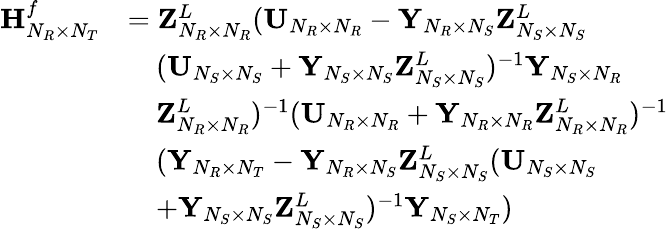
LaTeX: \begin{array}{rl}{{\mathbf{H}}_{N_{R}\times N_{T}}^{f}}&{={\mathbf{Z}}_{N_{R}\times N_{R}}^{L}({\mathbf{U}}_{N_{R}\times N_{R}}-{\mathbf{Y}}_{N_{R}\times N_{S}}{\mathbf{Z}}_{N_{S}\times N_{S}}^{L}}\\ &{\quad({\mathbf{U}}_{N_{S}\times N_{S}}+{\mathbf{Y}}_{N_{S}\times N_{S}}{\mathbf{Z}}_{N_{S}\times N_{S}}^{L})^{-1}{\mathbf{Y}}_{N_{S}\times N_{R}}}\\ &{\quad{\mathbf{Z}}_{N_{R}\times N_{R}}^{L})^{-1}({\mathbf{U}}_{N_{R}\times N_{R}}+{\mathbf{Y}}_{N_{R}\times N_{R}}{\mathbf{Z}}_{N_{R}\times N_{R}}^{L})^{-1}}\\ &{\quad({\mathbf{Y}}_{N_{R}\times N_{T}}-{\mathbf{Y}}_{N_{R}\times N_{S}}{\mathbf{Z}}_{N_{S}\times N_{S}}^{L}({\mathbf{U}}_{N_{S}\times N_{S}}}\\ &{\quad+{\mathbf{Y}}_{N_{S}\times N_{S}}{\mathbf{Z}}_{N_{S}\times N_{S}}^{L})^{-1}{\mathbf{Y}}_{N_{S}\times N_{T}})}\end{array}